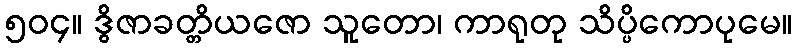
၅၀၄။ ဒွိဇာခတ္တိယဇော သူတော၊ ကာရုတု သိပ္ပိကောပုမေ။